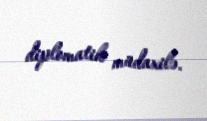
diplomatik müdaxilə.